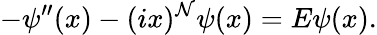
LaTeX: -\psi^{\prime\prime}(x)-(ix)^{\mathcal{N}}\psi(x)=E\psi(x).